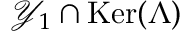
\mathcal { Y } _ { 1 } \cap \mathop { \mathrm { K e r } } ( \Lambda )